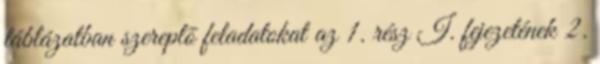
táblázatban szereplõ feladatokat az 1. rész I. fejezetének 2.